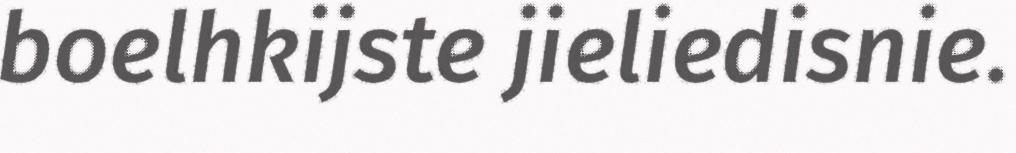
boelhkijste jieliedisnie.